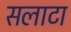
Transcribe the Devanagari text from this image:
सलाटा